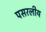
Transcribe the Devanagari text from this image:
पसरलीय